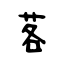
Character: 茖